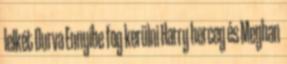
lelkét Durva Ennyibe fog kerülni Harry herceg és Meghan